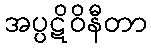
အပ္ပဋိဝိနီတာ